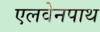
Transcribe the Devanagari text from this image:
एलवेनपाथ